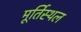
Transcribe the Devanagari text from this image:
मूर्तिस्थल